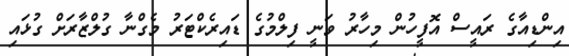
އިންޑިއާގެ ރައީސް އޮފީހުން މިހާރު ވަނީ ފިލްމުގެ ޑައިރެކްޓަރު މެގްނާ ގުލްޒާރަށް ގުޅައި